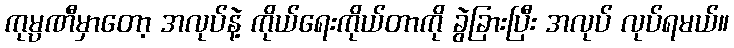
ကုမ္ပဏီမှာတော့ အလုပ်နဲ့ ကိုယ်ရေးကိုယ်တာကို ခွဲခြားပြီး အလုပ် လုပ်ရမယ်။